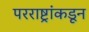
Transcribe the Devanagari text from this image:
परराष्ट्रांकडून